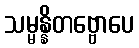
သမ္မန္နိတဗ္ဗောပေ